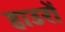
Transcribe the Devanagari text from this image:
हाउरों